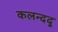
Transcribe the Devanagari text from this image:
कलन्ददु